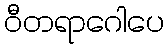
ဝီတရာဂေါပေ